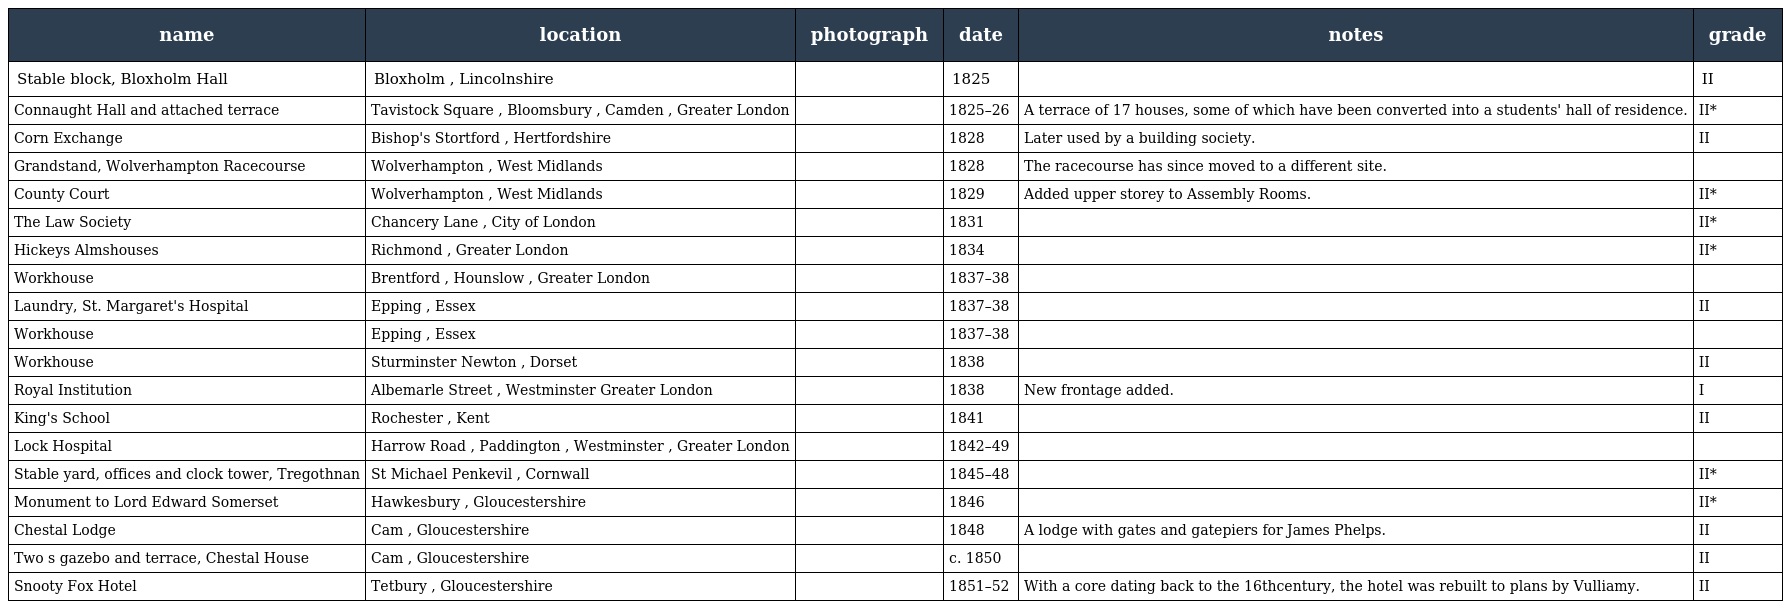
| name | location | photograph | date | notes | grade |
 | --- | --- | --- | --- | --- | --- |
 | Stable block, Bloxholm Hall | Bloxholm , Lincolnshire |  | 1825 |  | II |
 | Connaught Hall and attached terrace | Tavistock Square , Bloomsbury , Camden , Greater London |  | 1825–26 | A terrace of 17 houses, some of which have been converted into a students' hall of residence. | II* |
 | Corn Exchange | Bishop's Stortford , Hertfordshire |  | 1828 | Later used by a building society. | II |
 | Grandstand, Wolverhampton Racecourse | Wolverhampton , West Midlands |  | 1828 | The racecourse has since moved to a different site. |  |
 | County Court | Wolverhampton , West Midlands |  | 1829 | Added upper storey to Assembly Rooms. | II* |
 | The Law Society | Chancery Lane , City of London |  | 1831 |  | II* |
 | Hickeys Almshouses | Richmond , Greater London |  | 1834 |  | II* |
 | Workhouse | Brentford , Hounslow , Greater London |  | 1837–38 |  |  |
 | Laundry, St. Margaret's Hospital | Epping , Essex |  | 1837–38 |  | II |
 | Workhouse | Epping , Essex |  | 1837–38 |  |  |
 | Workhouse | Sturminster Newton , Dorset |  | 1838 |  | II |
 | Royal Institution | Albemarle Street , Westminster Greater London |  | 1838 | New frontage added. | I |
 | King's School | Rochester , Kent |  | 1841 |  | II |
 | Lock Hospital | Harrow Road , Paddington , Westminster , Greater London |  | 1842–49 |  |  |
 | Stable yard, offices and clock tower, Tregothnan | St Michael Penkevil , Cornwall |  | 1845–48 |  | II* |
 | Monument to Lord Edward Somerset | Hawkesbury , Gloucestershire |  | 1846 |  | II* |
 | Chestal Lodge | Cam , Gloucestershire |  | 1848 | A lodge with gates and gatepiers for James Phelps. | II |
 | Two s gazebo and terrace, Chestal House | Cam , Gloucestershire |  | c. 1850 |  | II |
 | Snooty Fox Hotel | Tetbury , Gloucestershire |  | 1851–52 | With a core dating back to the 16thcentury, the hotel was rebuilt to plans by Vulliamy. | II |